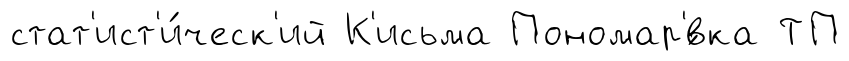
стат'ист'и́ческ'ий К'исьма Пономар'́вка ТП